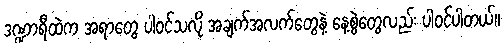
ဒဏ္ဍာရီထဲက အရာတွေ ပါဝင်သလို အချက်အလက်တွေနဲ့ နေ့စွဲတွေလည်း ပါဝင်ပါတယ်။